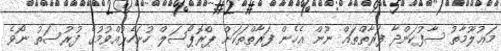
މަޢުލޫމާތު ސާފުކަންދާ ފަރާތްތައް ނޫން އެހެން ފަރާތްތަކަށް ޕްރޮޕޯސަލް ހުށަހެޅުއްވުމުގެ ފުރުސަތު ނޯވެ